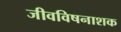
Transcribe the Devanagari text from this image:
जीवविषनाशक